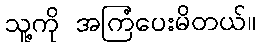
သူ့ကို အကြံပေးမိတယ်။